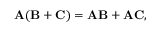
\mathbf { A } ( \mathbf { B } + \mathbf { C } ) = \mathbf { A B } + \mathbf { A C } ,